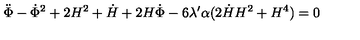
\ddot { \Phi } - \dot { \Phi } ^ { 2 } + 2 H ^ { 2 } + \dot { H } + 2 H \dot { \Phi } - 6 \lambda ^ { \prime } \alpha ( 2 \dot { H } H ^ { 2 } + H ^ { 4 } ) = 0